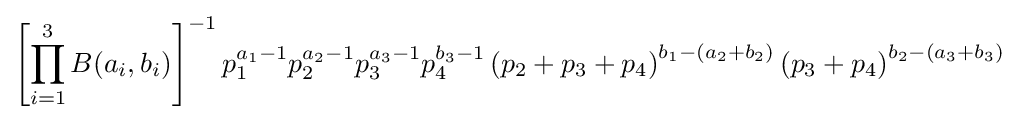
\left[\prod _{i=1}^{3}B(a_{i},b_{i})\right]^{-1}p_{1}^{a_{1}-1}p_{2}^{a_{2}-1}p_{3}^{a_{3}-1}p_{4}^{b_{3}-1}\left(p_{2}+p_{3}+p_{4}\right)^{b_{1}-\left(a_{2}+b_{2}\right)}\left(p_{3}+p_{4}\right)^{b_{2}-\left(a_{3}+b_{3}\right)}